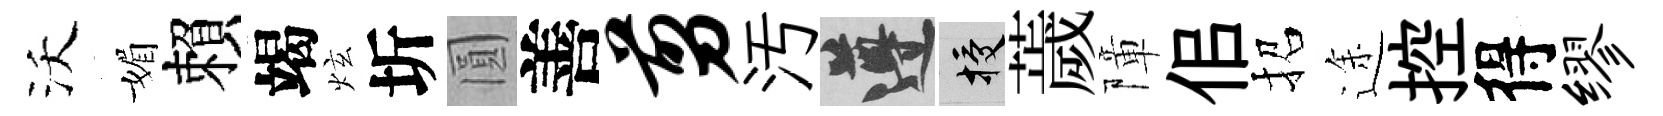
沃媚賴竭炫圻圓善剪汚遵授薉障佀招途控得缪